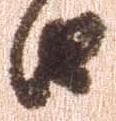
由